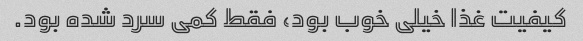
کیفیت غذا خیلی خوب بود، فقط کمی سرد شده بود.